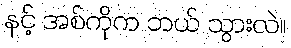
နင့် အစ်ကိုက ဘယ် သွားလဲ။